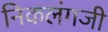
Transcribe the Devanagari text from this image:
निकलंगजी